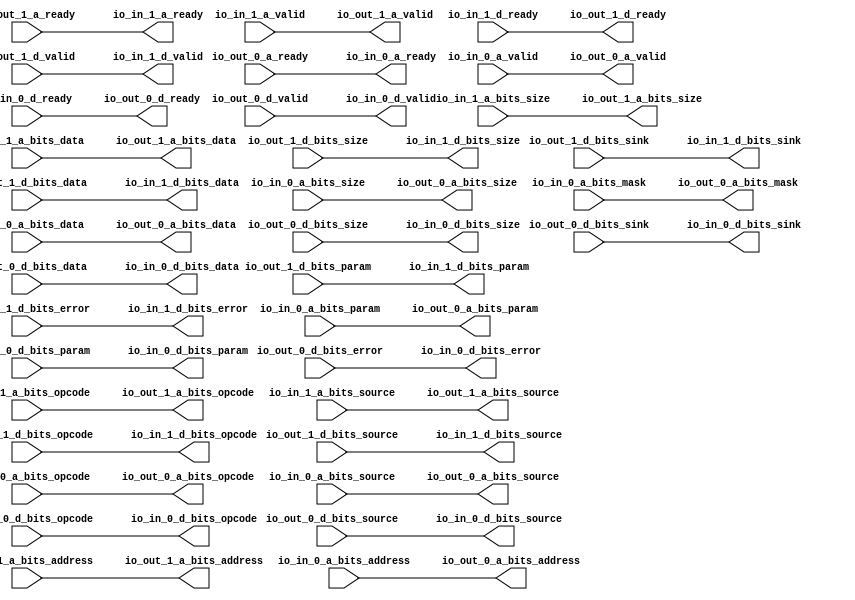
// Copyright (c) 2017, Microsemi Corporation
// All rights reserved.
//
// Redistribution and use in source and binary forms, with or without
// modification, are permitted provided that the following conditions are met:
//     * Redistributions of source code must retain the above copyright
//       notice, this list of conditions and the following disclaimer.
//     * Redistributions in binary form must reproduce the above copyright
//       notice, this list of conditions and the following disclaimer in the
//       documentation and/or other materials provided with the distribution.
//     * Neither the name of the <organization> nor the
//       names of its contributors may be used to endorse or promote products
//       derived from this software without specific prior written permission.
//
// THIS SOFTWARE IS PROVIDED BY THE COPYRIGHT HOLDERS AND CONTRIBUTORS "AS IS" AND
// ANY EXPRESS OR IMPLIED WARRANTIES, INCLUDING, BUT NOT LIMITED TO, THE IMPLIED
// WARRANTIES OF MERCHANTABILITY AND FITNESS FOR A PARTICULAR PURPOSE ARE
// DISCLAIMED. IN NO EVENT SHALL MICROSEMI CORPORATIONM BE LIABLE FOR ANY
// DIRECT, INDIRECT, INCIDENTAL, SPECIAL, EXEMPLARY, OR CONSEQUENTIAL DAMAGES
// (INCLUDING, BUT NOT LIMITED TO, PROCUREMENT OF SUBSTITUTE GOODS OR SERVICES;
// LOSS OF USE, DATA, OR PROFITS; OR BUSINESS INTERRUPTION) HOWEVER CAUSED AND
// ON ANY THEORY OF LIABILITY, WHETHER IN CONTRACT, STRICT LIABILITY, OR TORT
// (INCLUDING NEGLIGENCE OR OTHERWISE) ARISING IN ANY WAY OUT OF THE USE OF THIS
// SOFTWARE, EVEN IF ADVISED OF THE POSSIBILITY OF SUCH DAMAGE.
//
// APACHE LICENSE
// Copyright (c) 2017, Microsemi Corporation 
//
// Licensed under the Apache License, Version 2.0 (the "License");
// you may not use this file except in compliance with the License.
// You may obtain a copy of the License at
//
//    http://www.apache.org/licenses/LICENSE-2.0
//
// Unless required by applicable law or agreed to in writing, software
// distributed under the License is distributed on an "AS IS" BASIS,
// WITHOUT WARRANTIES OR CONDITIONS OF ANY KIND, either express or implied.
// See the License for the specific language governing permissions and
// limitations under the License.
//
// Description:
//
// SVN Revision Information:
// SVN $Revision: $
// SVN $Date: $
//
// Resolved SARs
// SAR      Date     Who   Description
//
// Notes:
//
// ****************************************************************************/
`define RANDOMIZE
`timescale 1ns/10ps
module PROC_SUBSYSTEM_MIV_RV32IMA_L1_AHB_1_MIV_RV32IMA_L1_AHB_TL_WIDTH_WIDGET(
  output        io_in_1_a_ready,
  input         io_in_1_a_valid,
  input  [2:0]  io_in_1_a_bits_opcode,
  input  [2:0]  io_in_1_a_bits_size,
  input  [1:0]  io_in_1_a_bits_source,
  input  [30:0] io_in_1_a_bits_address,
  input  [31:0] io_in_1_a_bits_data,
  input         io_in_1_d_ready,
  output        io_in_1_d_valid,
  output [2:0]  io_in_1_d_bits_opcode,
  output [1:0]  io_in_1_d_bits_param,
  output [2:0]  io_in_1_d_bits_size,
  output [1:0]  io_in_1_d_bits_source,
  output        io_in_1_d_bits_sink,
  output [31:0] io_in_1_d_bits_data,
  output        io_in_1_d_bits_error,
  output        io_in_0_a_ready,
  input         io_in_0_a_valid,
  input  [2:0]  io_in_0_a_bits_opcode,
  input  [2:0]  io_in_0_a_bits_param,
  input  [2:0]  io_in_0_a_bits_size,
  input  [1:0]  io_in_0_a_bits_source,
  input  [30:0] io_in_0_a_bits_address,
  input  [3:0]  io_in_0_a_bits_mask,
  input  [31:0] io_in_0_a_bits_data,
  input         io_in_0_d_ready,
  output        io_in_0_d_valid,
  output [2:0]  io_in_0_d_bits_opcode,
  output [1:0]  io_in_0_d_bits_param,
  output [2:0]  io_in_0_d_bits_size,
  output [1:0]  io_in_0_d_bits_source,
  output        io_in_0_d_bits_sink,
  output [31:0] io_in_0_d_bits_data,
  output        io_in_0_d_bits_error,
  input         io_out_1_a_ready,
  output        io_out_1_a_valid,
  output [2:0]  io_out_1_a_bits_opcode,
  output [2:0]  io_out_1_a_bits_size,
  output [1:0]  io_out_1_a_bits_source,
  output [30:0] io_out_1_a_bits_address,
  output [31:0] io_out_1_a_bits_data,
  output        io_out_1_d_ready,
  input         io_out_1_d_valid,
  input  [2:0]  io_out_1_d_bits_opcode,
  input  [1:0]  io_out_1_d_bits_param,
  input  [2:0]  io_out_1_d_bits_size,
  input  [1:0]  io_out_1_d_bits_source,
  input         io_out_1_d_bits_sink,
  input  [31:0] io_out_1_d_bits_data,
  input         io_out_1_d_bits_error,
  input         io_out_0_a_ready,
  output        io_out_0_a_valid,
  output [2:0]  io_out_0_a_bits_opcode,
  output [2:0]  io_out_0_a_bits_param,
  output [2:0]  io_out_0_a_bits_size,
  output [1:0]  io_out_0_a_bits_source,
  output [30:0] io_out_0_a_bits_address,
  output [3:0]  io_out_0_a_bits_mask,
  output [31:0] io_out_0_a_bits_data,
  output        io_out_0_d_ready,
  input         io_out_0_d_valid,
  input  [2:0]  io_out_0_d_bits_opcode,
  input  [1:0]  io_out_0_d_bits_param,
  input  [2:0]  io_out_0_d_bits_size,
  input  [1:0]  io_out_0_d_bits_source,
  input         io_out_0_d_bits_sink,
  input  [31:0] io_out_0_d_bits_data,
  input         io_out_0_d_bits_error
);
  assign io_in_1_a_ready = io_out_1_a_ready;
  assign io_in_1_d_valid = io_out_1_d_valid;
  assign io_in_1_d_bits_opcode = io_out_1_d_bits_opcode;
  assign io_in_1_d_bits_param = io_out_1_d_bits_param;
  assign io_in_1_d_bits_size = io_out_1_d_bits_size;
  assign io_in_1_d_bits_source = io_out_1_d_bits_source;
  assign io_in_1_d_bits_sink = io_out_1_d_bits_sink;
  assign io_in_1_d_bits_data = io_out_1_d_bits_data;
  assign io_in_1_d_bits_error = io_out_1_d_bits_error;
  assign io_in_0_a_ready = io_out_0_a_ready;
  assign io_in_0_d_valid = io_out_0_d_valid;
  assign io_in_0_d_bits_opcode = io_out_0_d_bits_opcode;
  assign io_in_0_d_bits_param = io_out_0_d_bits_param;
  assign io_in_0_d_bits_size = io_out_0_d_bits_size;
  assign io_in_0_d_bits_source = io_out_0_d_bits_source;
  assign io_in_0_d_bits_sink = io_out_0_d_bits_sink;
  assign io_in_0_d_bits_data = io_out_0_d_bits_data;
  assign io_in_0_d_bits_error = io_out_0_d_bits_error;
  assign io_out_1_a_valid = io_in_1_a_valid;
  assign io_out_1_a_bits_opcode = io_in_1_a_bits_opcode;
  assign io_out_1_a_bits_size = io_in_1_a_bits_size;
  assign io_out_1_a_bits_source = io_in_1_a_bits_source;
  assign io_out_1_a_bits_address = io_in_1_a_bits_address;
  assign io_out_1_a_bits_data = io_in_1_a_bits_data;
  assign io_out_1_d_ready = io_in_1_d_ready;
  assign io_out_0_a_valid = io_in_0_a_valid;
  assign io_out_0_a_bits_opcode = io_in_0_a_bits_opcode;
  assign io_out_0_a_bits_param = io_in_0_a_bits_param;
  assign io_out_0_a_bits_size = io_in_0_a_bits_size;
  assign io_out_0_a_bits_source = io_in_0_a_bits_source;
  assign io_out_0_a_bits_address = io_in_0_a_bits_address;
  assign io_out_0_a_bits_mask = io_in_0_a_bits_mask;
  assign io_out_0_a_bits_data = io_in_0_a_bits_data;
  assign io_out_0_d_ready = io_in_0_d_ready;
endmodule